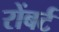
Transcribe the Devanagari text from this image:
रोंबर्ट